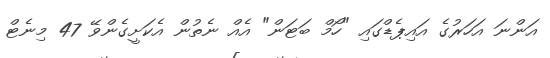
އަންނަ އަހަރުގެ އައިޕެޑްގައި "ހޯމް ބަޓަން" އެއް ނެތުން އެކަށީގެންވޭ 47 މިނެޓް